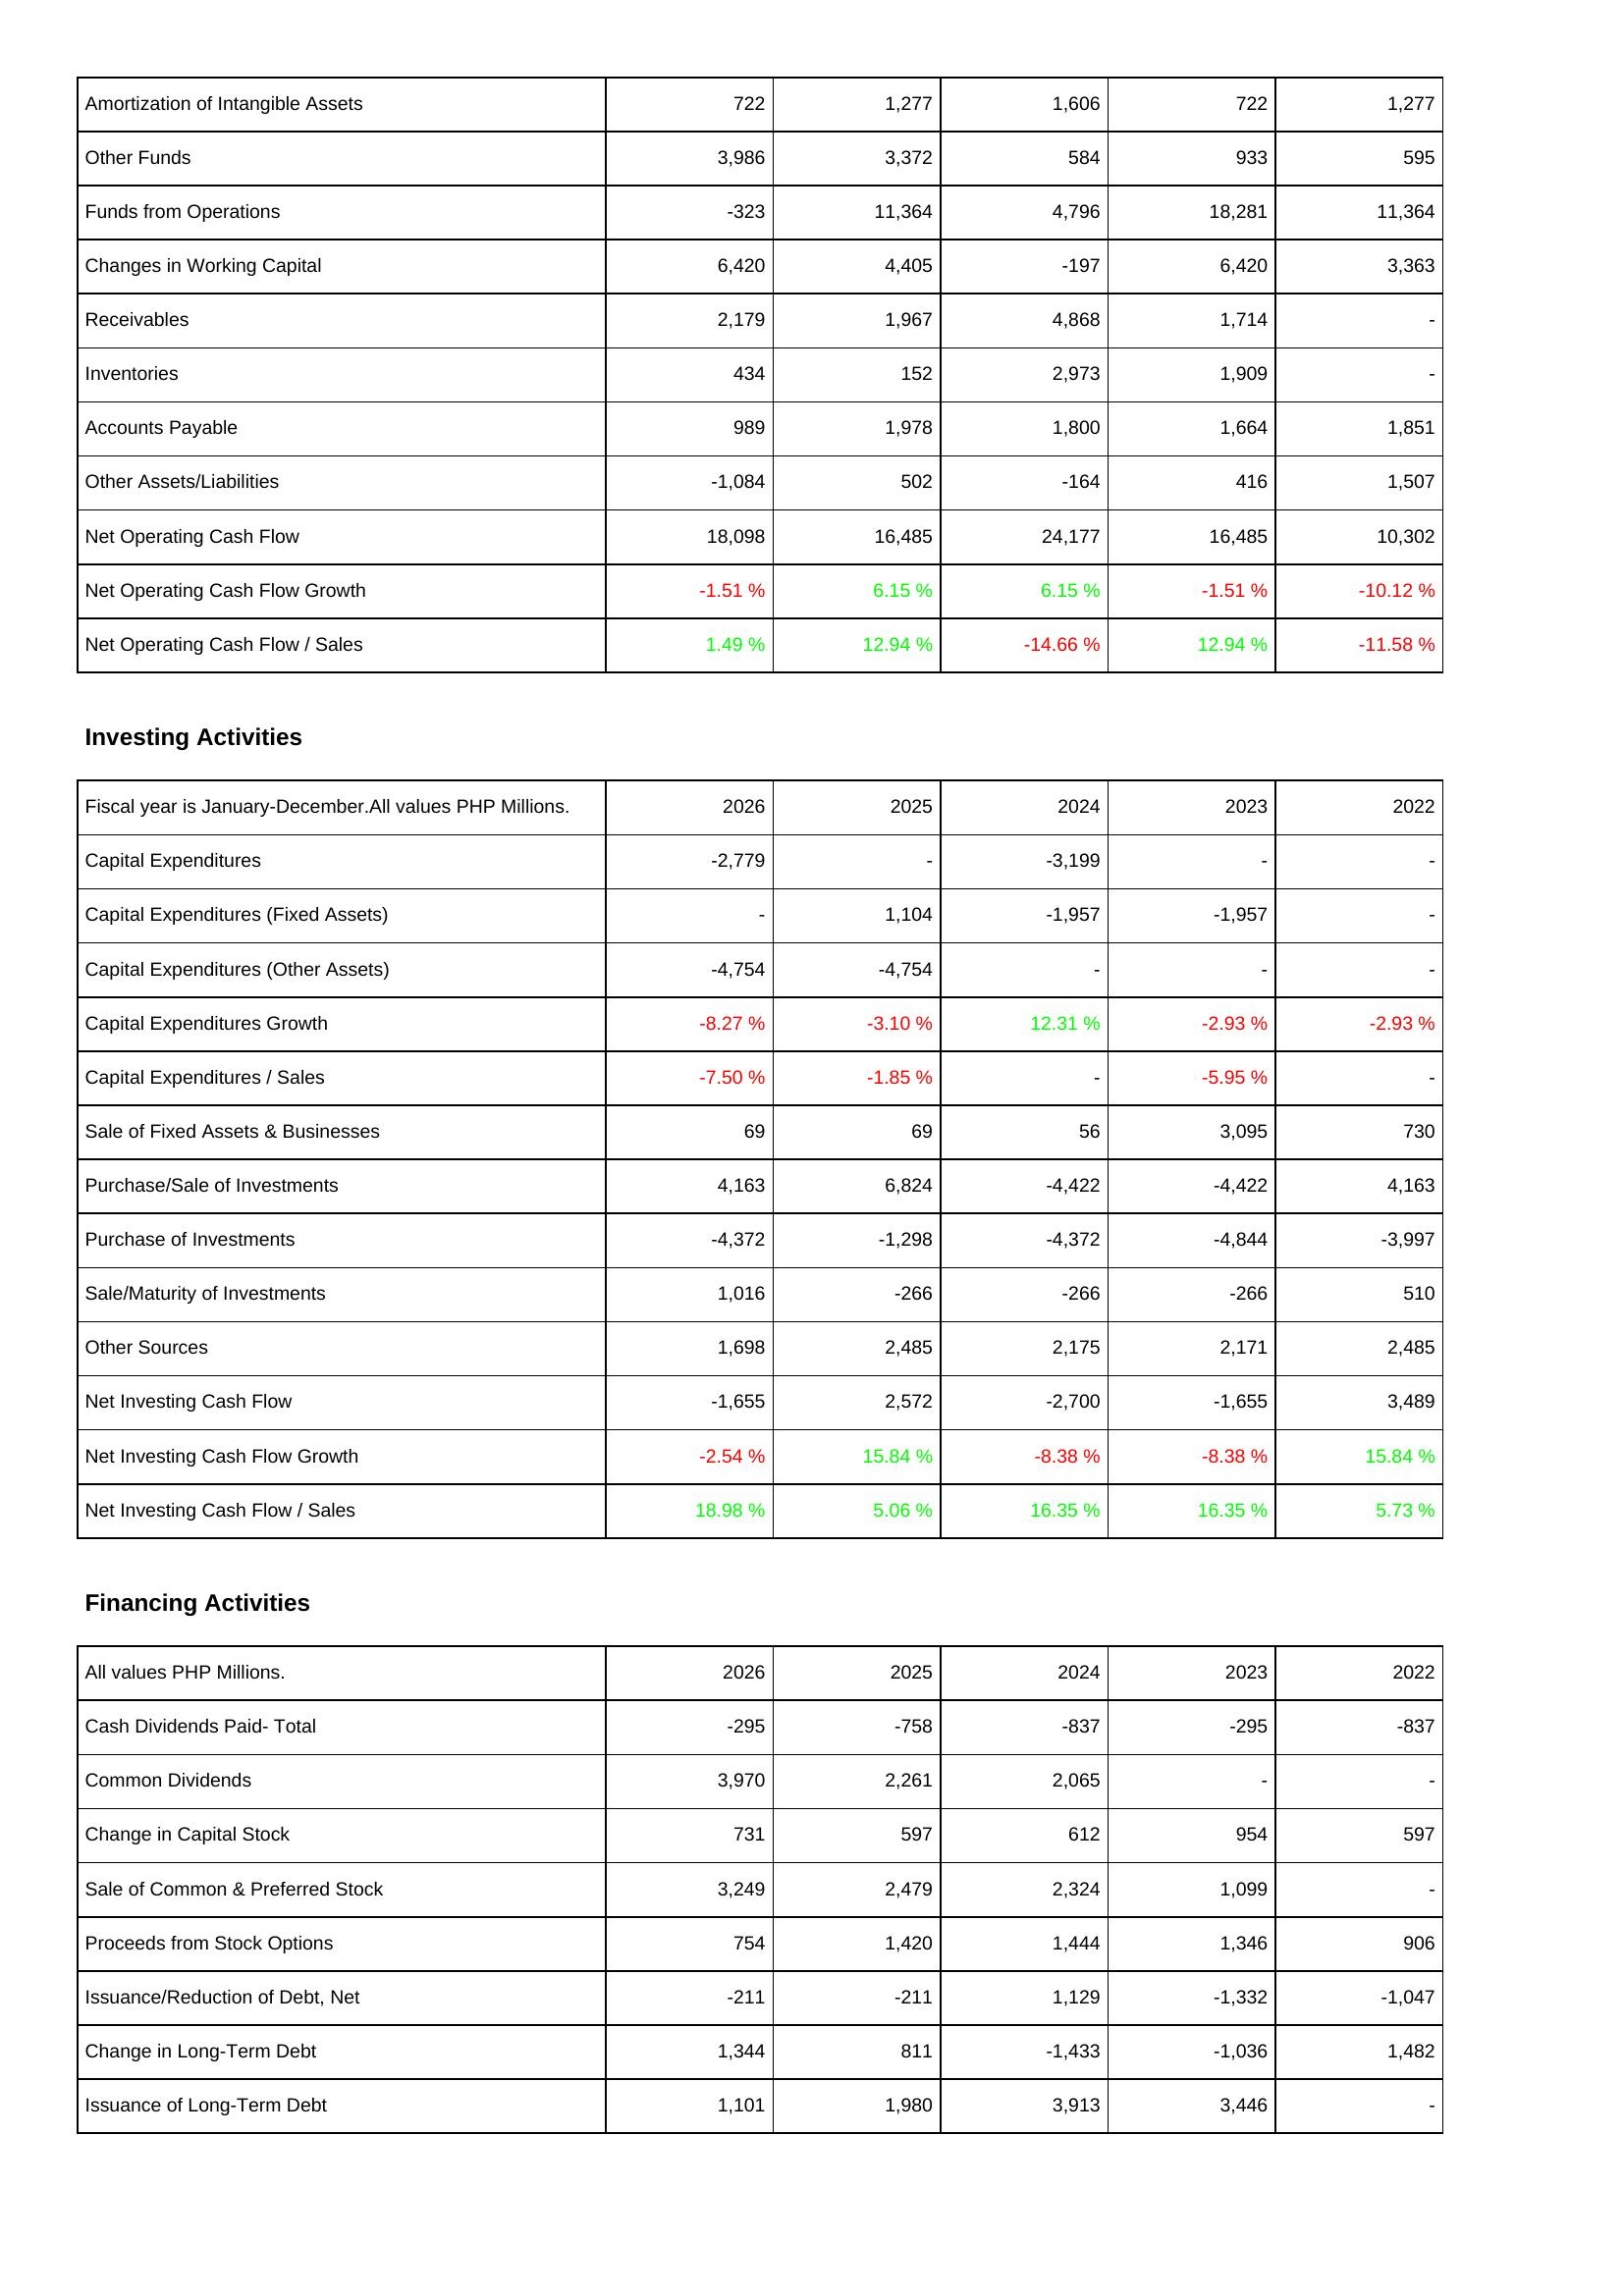
2026: Operating Activities: Amortization of Intangible Assets: 722
Other Funds: 3,986
Funds from Operations: -323
Changes in Working Capital: 6,420
Receivables: 2,179
Inventories: 434
Accounts Payable: 989
Other Assets/Liabilities: -1,084
Net Operating Cash Flow: 18,098
Net Operating Cash Flow Growth: -1.51 %
Net Operating Cash Flow / Sales: 1.49 %
Investing Activities: Capital Expenditures: -2,779
Capital Expenditures (Fixed Assets): -
Capital Expenditures (Other Assets): -4,754
Capital Expenditures Growth: -8.27 %
Capital Expenditures / Sales: -7.50 %
Sale of Fixed Assets & Businesses: 69
Purchase/Sale of Investments: 4,163
Purchase of Investments: -4,372
Sale/Maturity of Investments: 1,016
Other Sources: 1,698
Net Investing Cash Flow: -1,655
Net Investing Cash Flow Growth: -2.54 %
Net Investing Cash Flow / Sales: 18.98 %
Financing Activities: Cash Dividends Paid- Total: -295
Common Dividends: 3,970
Change in Capital Stock: 731
Sale of Common & Preferred Stock: 3,249
Proceeds from Stock Options: 754
Issuance/Reduction of Debt, Net: -211
Change in Long-Term Debt: 1,344
Issuance of Long-Term Debt: 1,101
2025: Operating Activities: Amortization of Intangible Assets: 1,277
Other Funds: 3,372
Funds from Operations: 11,364
Changes in Working Capital: 4,405
Receivables: 1,967
Inventories: 152
Accounts Payable: 1,978
Other Assets/Liabilities: 502
Net Operating Cash Flow: 16,485
Net Operating Cash Flow Growth: 6.15 %
Net Operating Cash Flow / Sales: 12.94 %
Investing Activities: Capital Expenditures: -
Capital Expenditures (Fixed Assets): 1,104
Capital Expenditures (Other Assets): -4,754
Capital Expenditures Growth: -3.10 %
Capital Expenditures / Sales: -1.85 %
Sale of Fixed Assets & Businesses: 69
Purchase/Sale of Investments: 6,824
Purchase of Investments: -1,298
Sale/Maturity of Investments: -266
Other Sources: 2,485
Net Investing Cash Flow: 2,572
Net Investing Cash Flow Growth: 15.84 %
Net Investing Cash Flow / Sales: 5.06 %
Financing Activities: Cash Dividends Paid- Total: -758
Common Dividends: 2,261
Change in Capital Stock: 597
Sale of Common & Preferred Stock: 2,479
Proceeds from Stock Options: 1,420
Issuance/Reduction of Debt, Net: -211
Change in Long-Term Debt: 811
Issuance of Long-Term Debt: 1,980
2024: Operating Activities: Amortization of Intangible Assets: 1,606
Other Funds: 584
Funds from Operations: 4,796
Changes in Working Capital: -197
Receivables: 4,868
Inventories: 2,973
Accounts Payable: 1,800
Other Assets/Liabilities: -164
Net Operating Cash Flow: 24,177
Net Operating Cash Flow Growth: 6.15 %
Net Operating Cash Flow / Sales: -14.66 %
Investing Activities: Capital Expenditures: -3,199
Capital Expenditures (Fixed Assets): -1,957
Capital Expenditures (Other Assets): -
Capital Expenditures Growth: 12.31 %
Capital Expenditures / Sales: -
Sale of Fixed Assets & Businesses: 56
Purchase/Sale of Investments: -4,422
Purchase of Investments: -4,372
Sale/Maturity of Investments: -266
Other Sources: 2,175
Net Investing Cash Flow: -2,700
Net Investing Cash Flow Growth: -8.38 %
Net Investing Cash Flow / Sales: 16.35 %
Financing Activities: Cash Dividends Paid- Total: -837
Common Dividends: 2,065
Change in Capital Stock: 612
Sale of Common & Preferred Stock: 2,324
Proceeds from Stock Options: 1,444
Issuance/Reduction of Debt, Net: 1,129
Change in Long-Term Debt: -1,433
Issuance of Long-Term Debt: 3,913
2023: Operating Activities: Amortization of Intangible Assets: 722
Other Funds: 933
Funds from Operations: 18,281
Changes in Working Capital: 6,420
Receivables: 1,714
Inventories: 1,909
Accounts Payable: 1,664
Other Assets/Liabilities: 416
Net Operating Cash Flow: 16,485
Net Operating Cash Flow Growth: -1.51 %
Net Operating Cash Flow / Sales: 12.94 %
Investing Activities: Capital Expenditures: -
Capital Expenditures (Fixed Assets): -1,957
Capital Expenditures (Other Assets): -
Capital Expenditures Growth: -2.93 %
Capital Expenditures / Sales: -5.95 %
Sale of Fixed Assets & Businesses: 3,095
Purchase/Sale of Investments: -4,422
Purchase of Investments: -4,844
Sale/Maturity of Investments: -266
Other Sources: 2,171
Net Investing Cash Flow: -1,655
Net Investing Cash Flow Growth: -8.38 %
Net Investing Cash Flow / Sales: 16.35 %
Financing Activities: Cash Dividends Paid- Total: -295
Common Dividends: -
Change in Capital Stock: 954
Sale of Common & Preferred Stock: 1,099
Proceeds from Stock Options: 1,346
Issuance/Reduction of Debt, Net: -1,332
Change in Long-Term Debt: -1,036
Issuance of Long-Term Debt: 3,446
2022: Operating Activities: Amortization of Intangible Assets: 1,277
Other Funds: 595
Funds from Operations: 11,364
Changes in Working Capital: 3,363
Receivables: -
Inventories: -
Accounts Payable: 1,851
Other Assets/Liabilities: 1,507
Net Operating Cash Flow: 10,302
Net Operating Cash Flow Growth: -10.12 %
Net Operating Cash Flow / Sales: -11.58 %
Investing Activities: Capital Expenditures: -
Capital Expenditures (Fixed Assets): -
Capital Expenditures (Other Assets): -
Capital Expenditures Growth: -2.93 %
Capital Expenditures / Sales: -
Sale of Fixed Assets & Businesses: 730
Purchase/Sale of Investments: 4,163
Purchase of Investments: -3,997
Sale/Maturity of Investments: 510
Other Sources: 2,485
Net Investing Cash Flow: 3,489
Net Investing Cash Flow Growth: 15.84 %
Net Investing Cash Flow / Sales: 5.73 %
Financing Activities: Cash Dividends Paid- Total: -837
Common Dividends: -
Change in Capital Stock: 597
Sale of Common & Preferred Stock: -
Proceeds from Stock Options: 906
Issuance/Reduction of Debt, Net: -1,047
Change in Long-Term Debt: 1,482
Issuance of Long-Term Debt: -